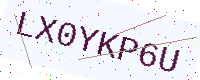
Text: LX0YKP6U